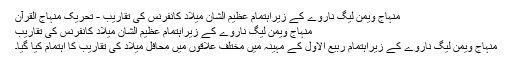
منہاج ویمن لیگ ناروے کے زیراہتمام عظیم الشان میلاد کانفرنس کی تقاریب - تحریک منہاج القرآن
منہاج ویمن لیگ ناروے کے زیراہتمام عظیم الشان میلاد کانفرنس کی تقاریب
منہاج ویمن لیگ ناروے کے زیراہتمام ربیع الاول کے مہینہ میں مختلف علاقوں میں محافل میلاد کی تقاریب کا اہتمام کیا گیا۔